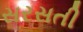
સરસતી